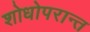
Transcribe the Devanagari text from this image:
शोधोपरान्त